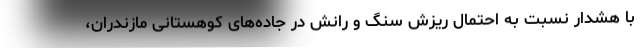
با هشدار نسبت به احتمال ریزش سنگ و رانش در جاده‌های کوهستانی مازندران،